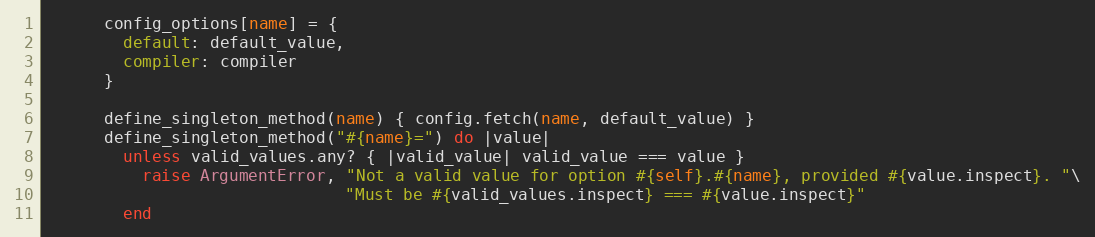
Language: Ruby
      config_options[name] = {
        default: default_value,
        compiler: compiler
      }

      define_singleton_method(name) { config.fetch(name, default_value) }
      define_singleton_method("#{name}=") do |value|
        unless valid_values.any? { |valid_value| valid_value === value }
          raise ArgumentError, "Not a valid value for option #{self}.#{name}, provided #{value.inspect}. "\
                               "Must be #{valid_values.inspect} === #{value.inspect}"
        end